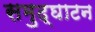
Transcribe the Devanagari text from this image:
समुद्घाटन